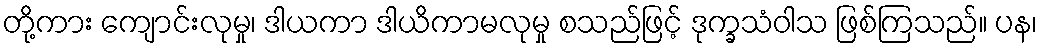
တို့ကား ကျောင်းလုမှု၊ ဒါယကာ ဒါယိကာမလုမှု စသည်ဖြင့် ဒုက္ခသံဝါသ ဖြစ်ကြသည်။ ပန၊